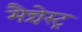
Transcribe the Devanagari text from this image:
मैन्चेस्ट्र